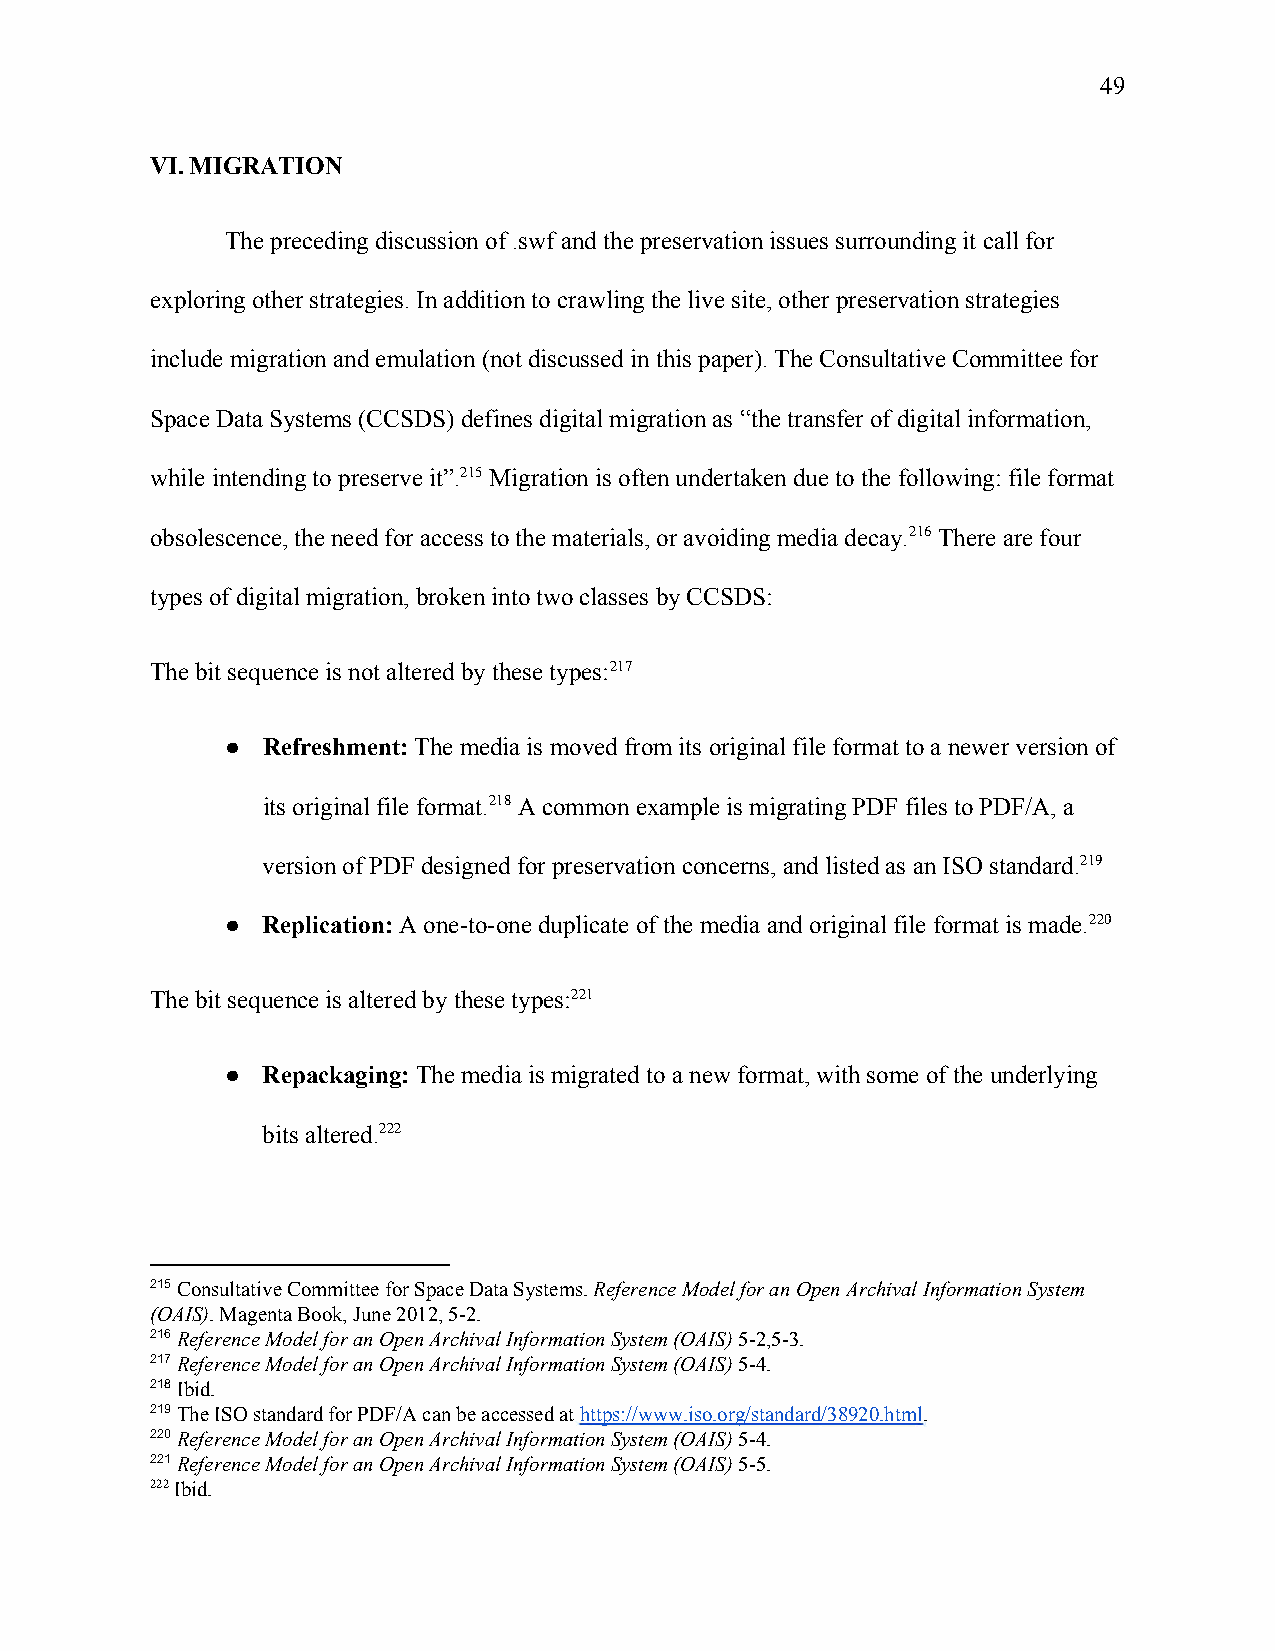
49
 VI. MIGRATION
 The preceding discussion of .swf and the preservation issues surrounding it call for
 exploring other strategies. In addition to crawling the live site, other preservation strategies
 include migration and emulation (not discussed in this paper). The Consultative Committee for
 Space Data Systems (CCSDS) defines digital migration as “the transfer of digital information,
 while intending to preserve it”.215 Migration is often undertaken due to the following: file format
 obsolescence, the need for access to the materials, or avoiding media decay.216 There are four
 types of digital migration, broken into two classes by CCSDS:
 The bit sequence is not altered by these types:217
 ● Refreshment: The media is moved from its original file format to a newer version of
 ​
 its original file format.218 A common example is migrating PDF files to PDF/A, a
 version of PDF designed for preservation concerns, and listed as an ISO standard.219
 ● Replication: A one-to-one duplicate of the media and original file format is made.220
 ​
 The bit sequence is altered by these types:221
 ● Repackaging: The media is migrated to a new format, with some of the underlying
 ​
 bits altered.222
 215 Consultative Committee for Space Data Systems. Reference Model for an Open Archival Information System
 ​                          ​
 (OAIS). Magenta Book, June 2012, 5-2.
 ​
 216 Reference Model for an Open Archival Information System (OAIS) 5-2,5-3.
 ​                                    ​
 217 Reference Model for an Open Archival Information System (OAIS) 5-4.
 ​                                    ​
 218 Ibid.
 ​
 219 The ISO standard for PDF/A can be accessed at https://www.iso.org/standard/38920.html.
 ​                         ​                      ​
 220 Reference Model for an Open Archival Information System (OAIS) 5-4.
 ​                                    ​
 221 Reference Model for an Open Archival Information System (OAIS) 5-5.
 ​                                    ​
 222 Ibid.